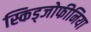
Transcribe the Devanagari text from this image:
स्किड्जोफीनिया